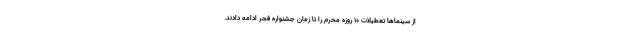
از سینماها تعطیلات ۱۰ روزه محرم را تا زمان جشنواره فجر ادامه دادند.